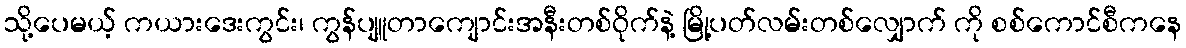
သို့ပေမယ့် ကယားဒေးကွင်း၊ ကွန်ပျူတာကျောင်းအနီးတစ်ဝိုက်နဲ့ မြို့ပတ်လမ်းတစ်လျှောက် ကို စစ်ကောင်စီကနေ